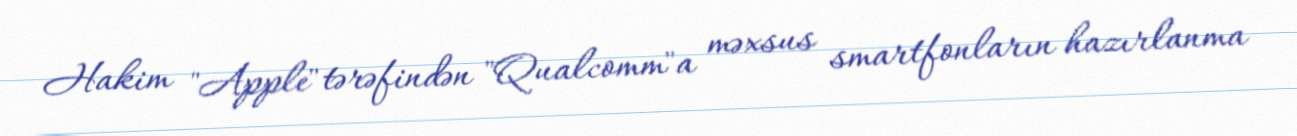
Hakim "Apple" tərəfindən "Qualcomm"a məxsus smartfonların hazırlanma